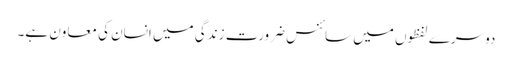
دوسرے لفظوں میں سائنس ضرورت زندگی میں انسان کی معاون ہے۔